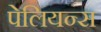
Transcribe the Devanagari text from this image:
पेलियन्स